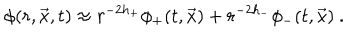
LaTeX: \phi ( r , \vec { x } , t ) \approx r ^ { - 2 h _ { + } } \phi _ { + } ( t , \vec { x } ) + r ^ { - 2 h _ { - } } \phi _ { - } ( t , \vec { x } ) \ .